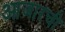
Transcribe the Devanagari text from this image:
आजारची